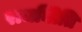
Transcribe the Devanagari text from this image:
राजनीिति